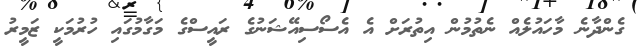
ގެންދާނެ މާހައުލެއް ނެތުމުން އިތުރަށް އެ އެސޯސިއޭޝަނުގެ ރަައީސްގެ މަގާމުގައި ހުރުމަކީ ޒަމީރު